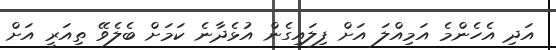
އަދި އެހެންމެ އަމިއްލަ އަށް ފިލައިގެން އުޅެދާނެ ކަމަށް ބެލެވޭ ތިއަރީ އަށް